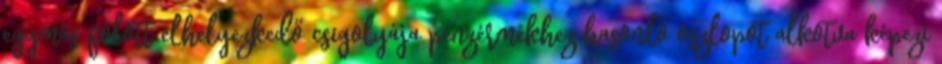
egymás fölött elhelyezkedő csigolyája pénzérmékhez hasonló oszlopot alkotva képezi